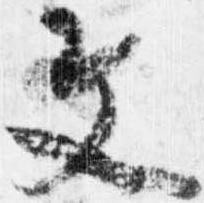
文